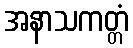
အနာသကတ္တံ